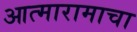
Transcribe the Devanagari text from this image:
आत्मारामाचा